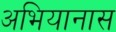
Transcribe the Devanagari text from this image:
अभियानास